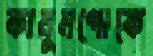
কানুনগোকে